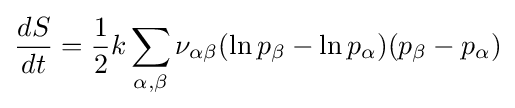
{\frac {dS}{dt}}={\frac {1}{2}}k\sum _{\alpha ,\beta }\nu _{\alpha \beta }(\ln p_{\beta }-\ln p_{\alpha })(p_{\beta }-p_{\alpha })